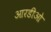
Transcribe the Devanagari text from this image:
आरडीओ